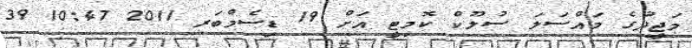
މަޖީދުގެ މައްސަލަ ސުލޫކް ކޮމިޓީ އަށް 19 ޑިސެމްބަރ 2011 10:47 39